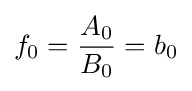
{f}_{0}={\frac {{A}_{0}}{{B}_{0}}}={b}_{0}